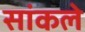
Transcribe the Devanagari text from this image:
सांकले